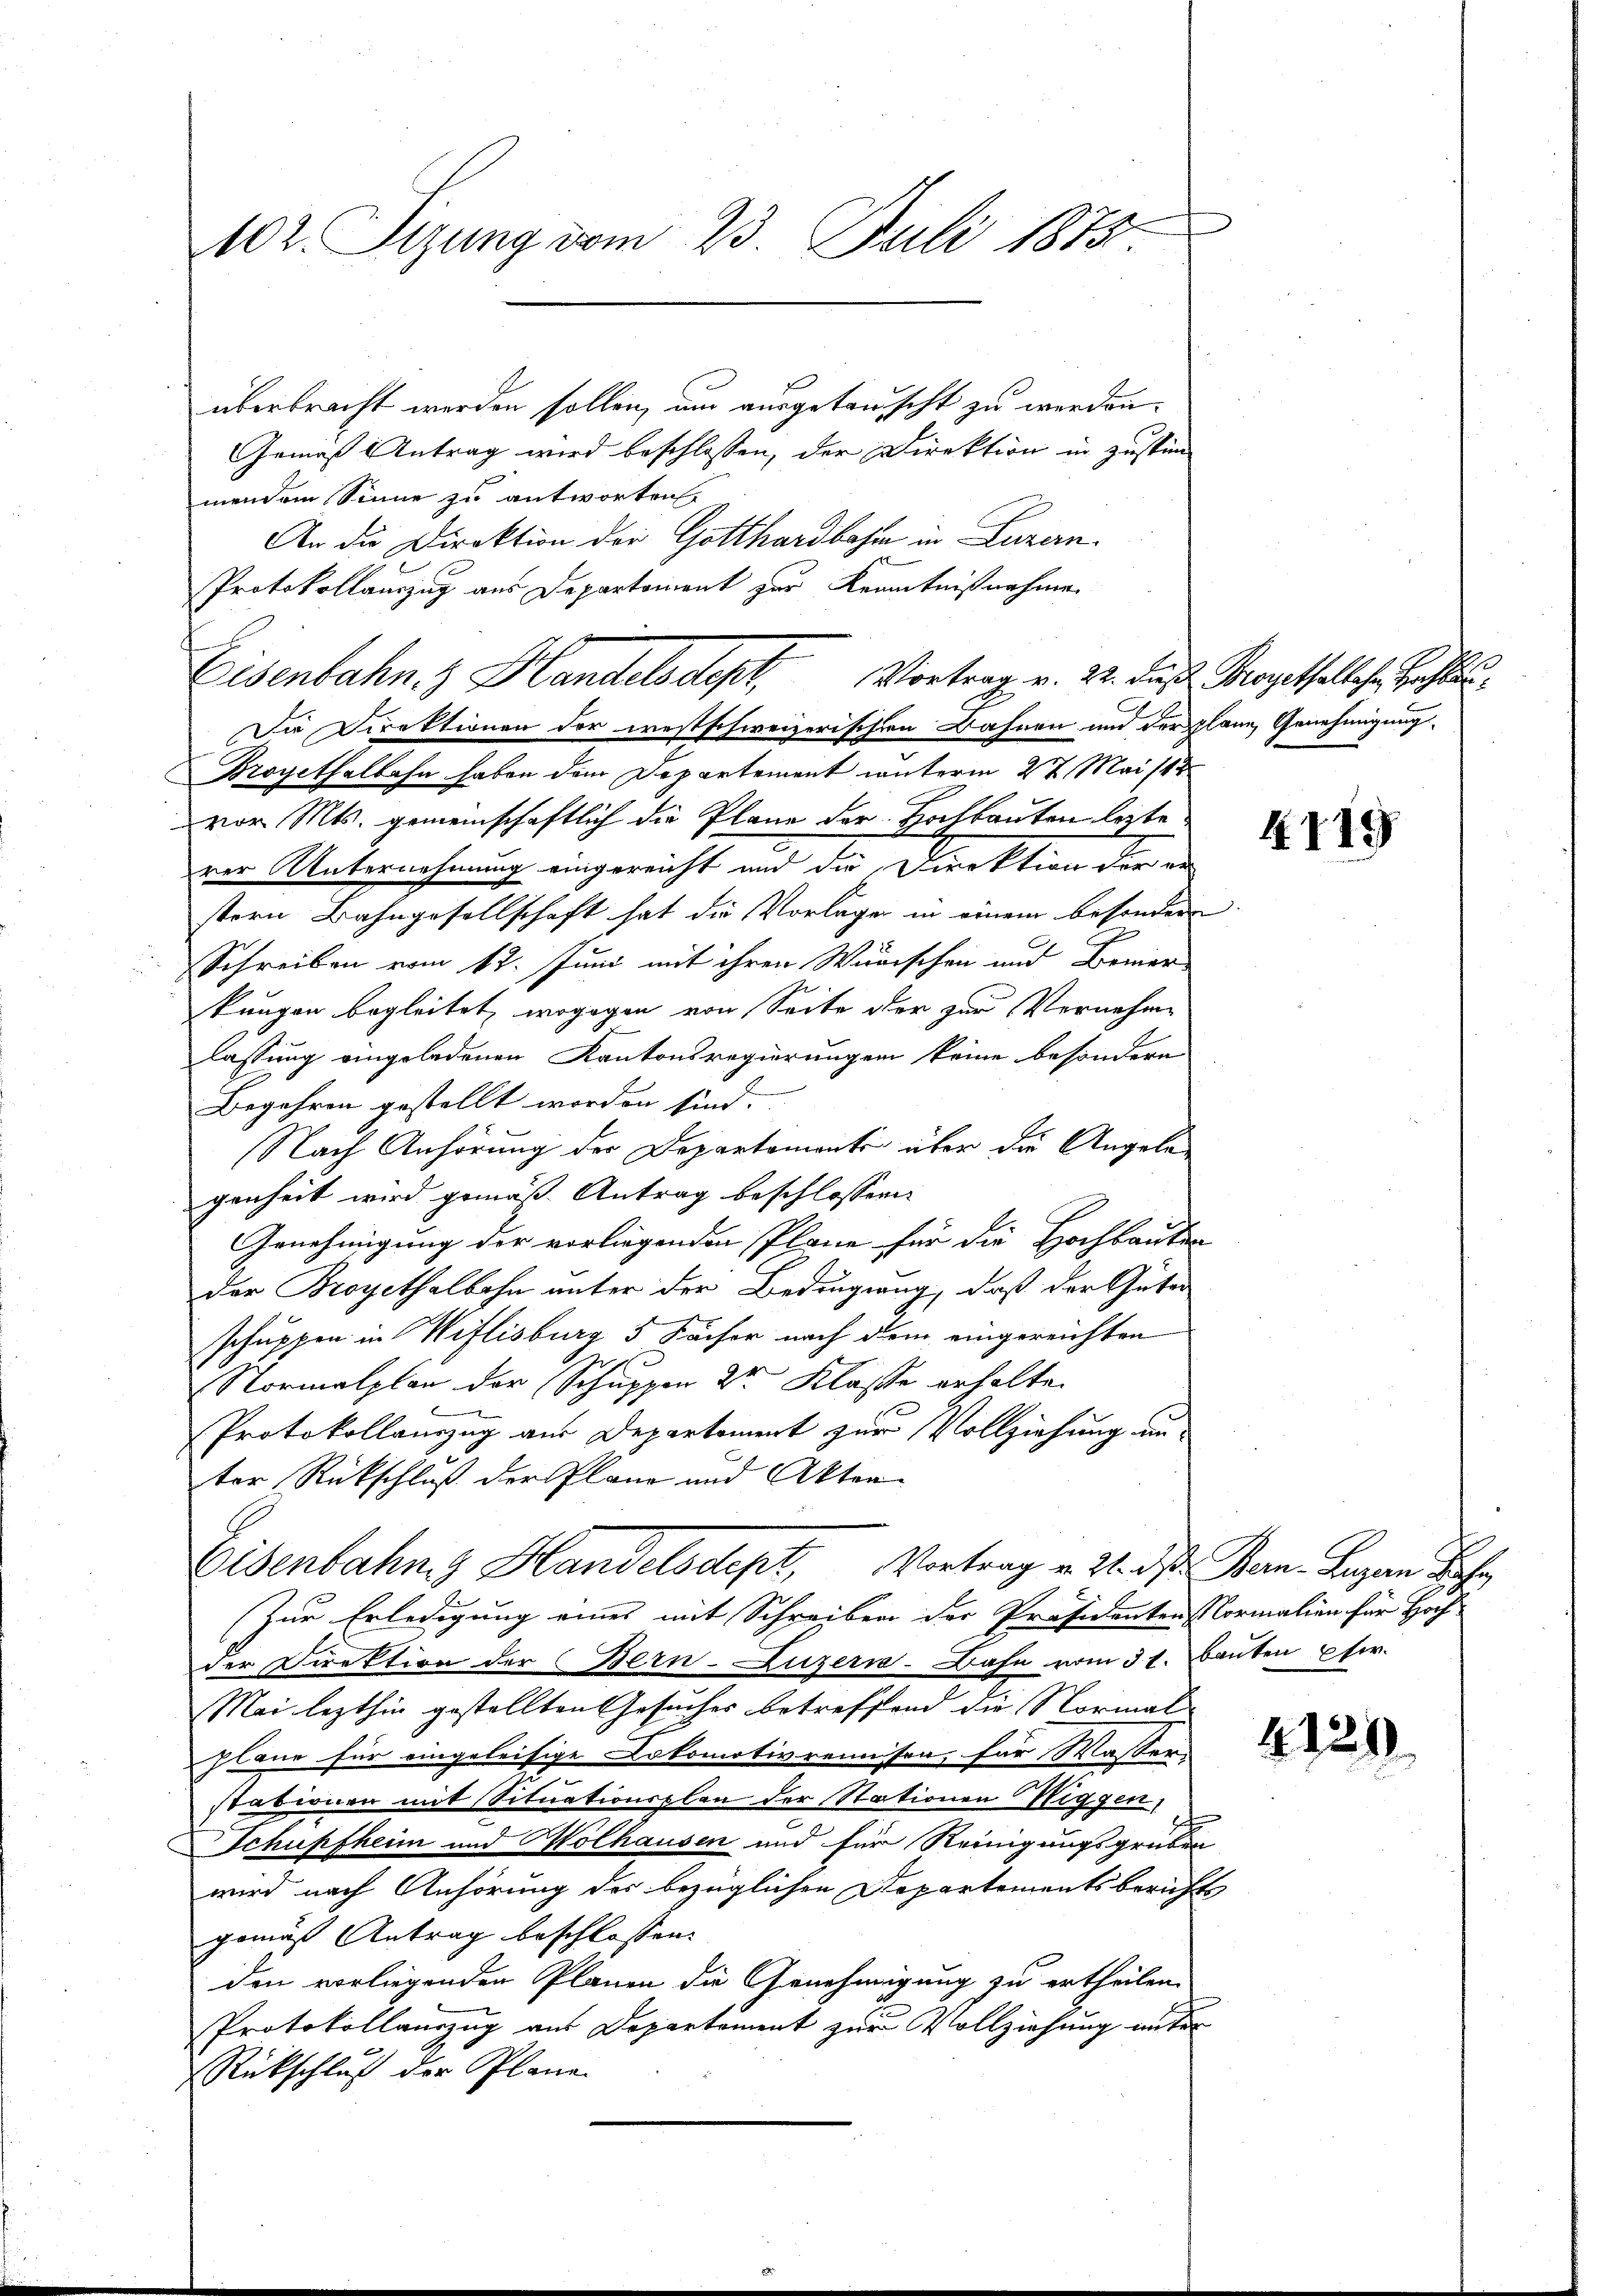
102. Sizung vom 23. Juli 1875.

überbracht werden sollen, um ausgetauscht zu werden.
Gemäß Antrag wird beschlossen, der Direktion in Zustim
mendem Sinne zu antworten.
An die Direktion der Gotthardbahn in Luzern.
Protokollauszug aus Departement zur Kenntnißnahme
Die Direktionen der westschweizerischen Bahnen und der plane Genehmigung
Brogethalbahn haben dem Departement unterm 27. Mai 184
vor. Mts. gemeinschaftlich die Plane der Hochbauten leiterer Unternehmung eingereicht und die Direktion der er
stern Bahngesellschaft hat die Vorlage in einem besondere
Schreiben vom 12. Juni mit ihren Würischen und Bemer-
kungen begleitet, wogegen von Seite der zur Vernehme
lassung eingeladenen Kantonsregierungen keine besondere
Begehren gestellt worden sind.
Nach Anhörung der Departemente über die Angelegenheit wird gemäß Antrag beschlossen
Genehmigung der vorliegenden Pläne für die Hochbauten
der Broyethalbahn unter der Bedingung, daß der Güter
schuppen in Wiflisburg 5 Fächer nach dem eingereichten
Normalplan der Schuppen der Klasse erhalte.
Protokollauszug aus Departement zur Vollziehung un-
ter Rückschluß der Plane und Akten
Eisenbahng Handelsdept, Vortrag v. 2. d. Ban. Lugan Jahr
Zur Erledigung eines mit Schreiben der Präsidenten Normalien für Hoch-
der Direktion der Bern-Luzern-Bahn vom 31. Bauten pfer.
Mei lezthin gestellten Gesuches betreffend die Normalplane für eingeleisige Lokomotivreiisen, für Wasser
stabionen mit Situationsplan der Stationen Wiggen,
Schüpfheim und Holhausen und für Reinigungsgruben
wird nach Anhörung des bezüglichen Departementsberichts
gemäß Antrag beschlossen:
den vorliegenden Planen die Genehmigung zu ertheilen.
Protokollauszug aus Departement zur Vollziehung unter
Rückschluß der Plane

Eisenbahn & Handels des Vortrag v. 22. das Monathalschen Zahl

4119

4129